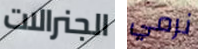
الجنرالات نرمي